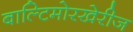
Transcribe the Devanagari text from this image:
बाल्टिमोरखेरीज